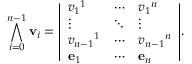
\bigwedge _ { i = 0 } ^ { n - 1 } \mathbf { v } _ { i } = { \left| \begin{array} { l l l } { v _ { 1 } { } ^ { 1 } } & { \cdots } & { v _ { 1 } { } ^ { n } } \\ { \vdots } & { \ddots } & { \vdots } \\ { v _ { n - 1 } { } ^ { 1 } } & { \cdots } & { v _ { n - 1 } { } ^ { n } } \\ { \mathbf { e } _ { 1 } } & { \cdots } & { \mathbf { e } _ { n } } \end{array} \right| } .